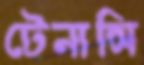
টেনান্সি